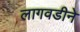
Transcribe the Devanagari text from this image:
लागवडीने